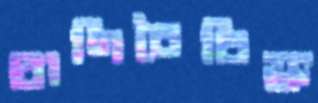
প্রাণিবৈচিত্র্য